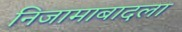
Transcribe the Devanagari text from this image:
निजामाबादला